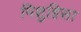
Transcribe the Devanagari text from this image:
मिशुहिसा